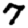
Digit: 7